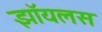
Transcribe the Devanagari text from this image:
झॉयलस